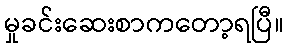
မှုခင်းဆေးစာကတော့ရပြီ။